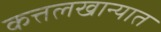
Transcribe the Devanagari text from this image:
कत्तलखान्यात